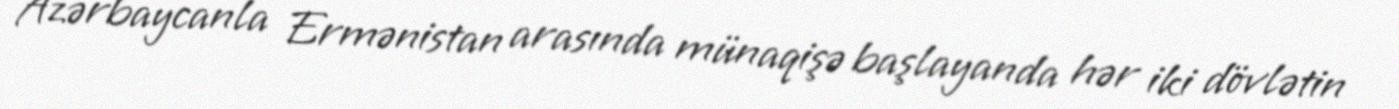
Azərbaycanla Ermənistan arasında münaqişə başlayanda hər iki dövlətin